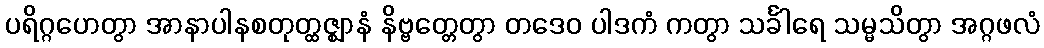
ပရိဂ္ဂဟေတွာ အာနာပါနစတုတ္ထဇ္ဈာနံ နိဗ္ဗတ္တေတွာ တဒေဝ ပါဒကံ ကတွာ သင်္ခါရေ သမ္မသိတွာ အဂ္ဂဖလံ